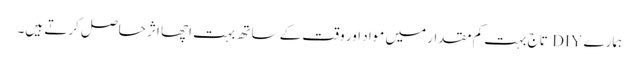
ہمارے DIY تاج بہت کم مقدار میں مواد اور وقت کے ساتھ بہت اچھا اثر حاصل کرتے ہیں۔